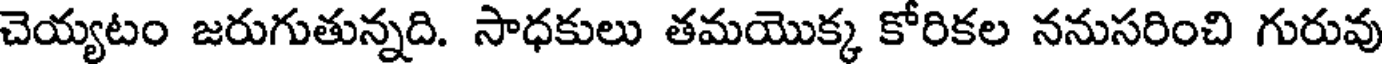
చెయ్యటం జరుగుతున్నది. సాధకులు తమయొక్క కోరికల ననుసరించి గురువు